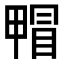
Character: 𤲰